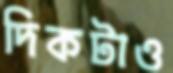
দিকটাও